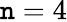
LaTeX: \mathtt{n}=4